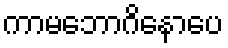
ကာမဘောဂိနောပေ